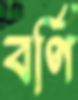
বর্ণি